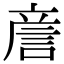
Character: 𧧑